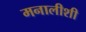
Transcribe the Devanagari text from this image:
मनालीशी